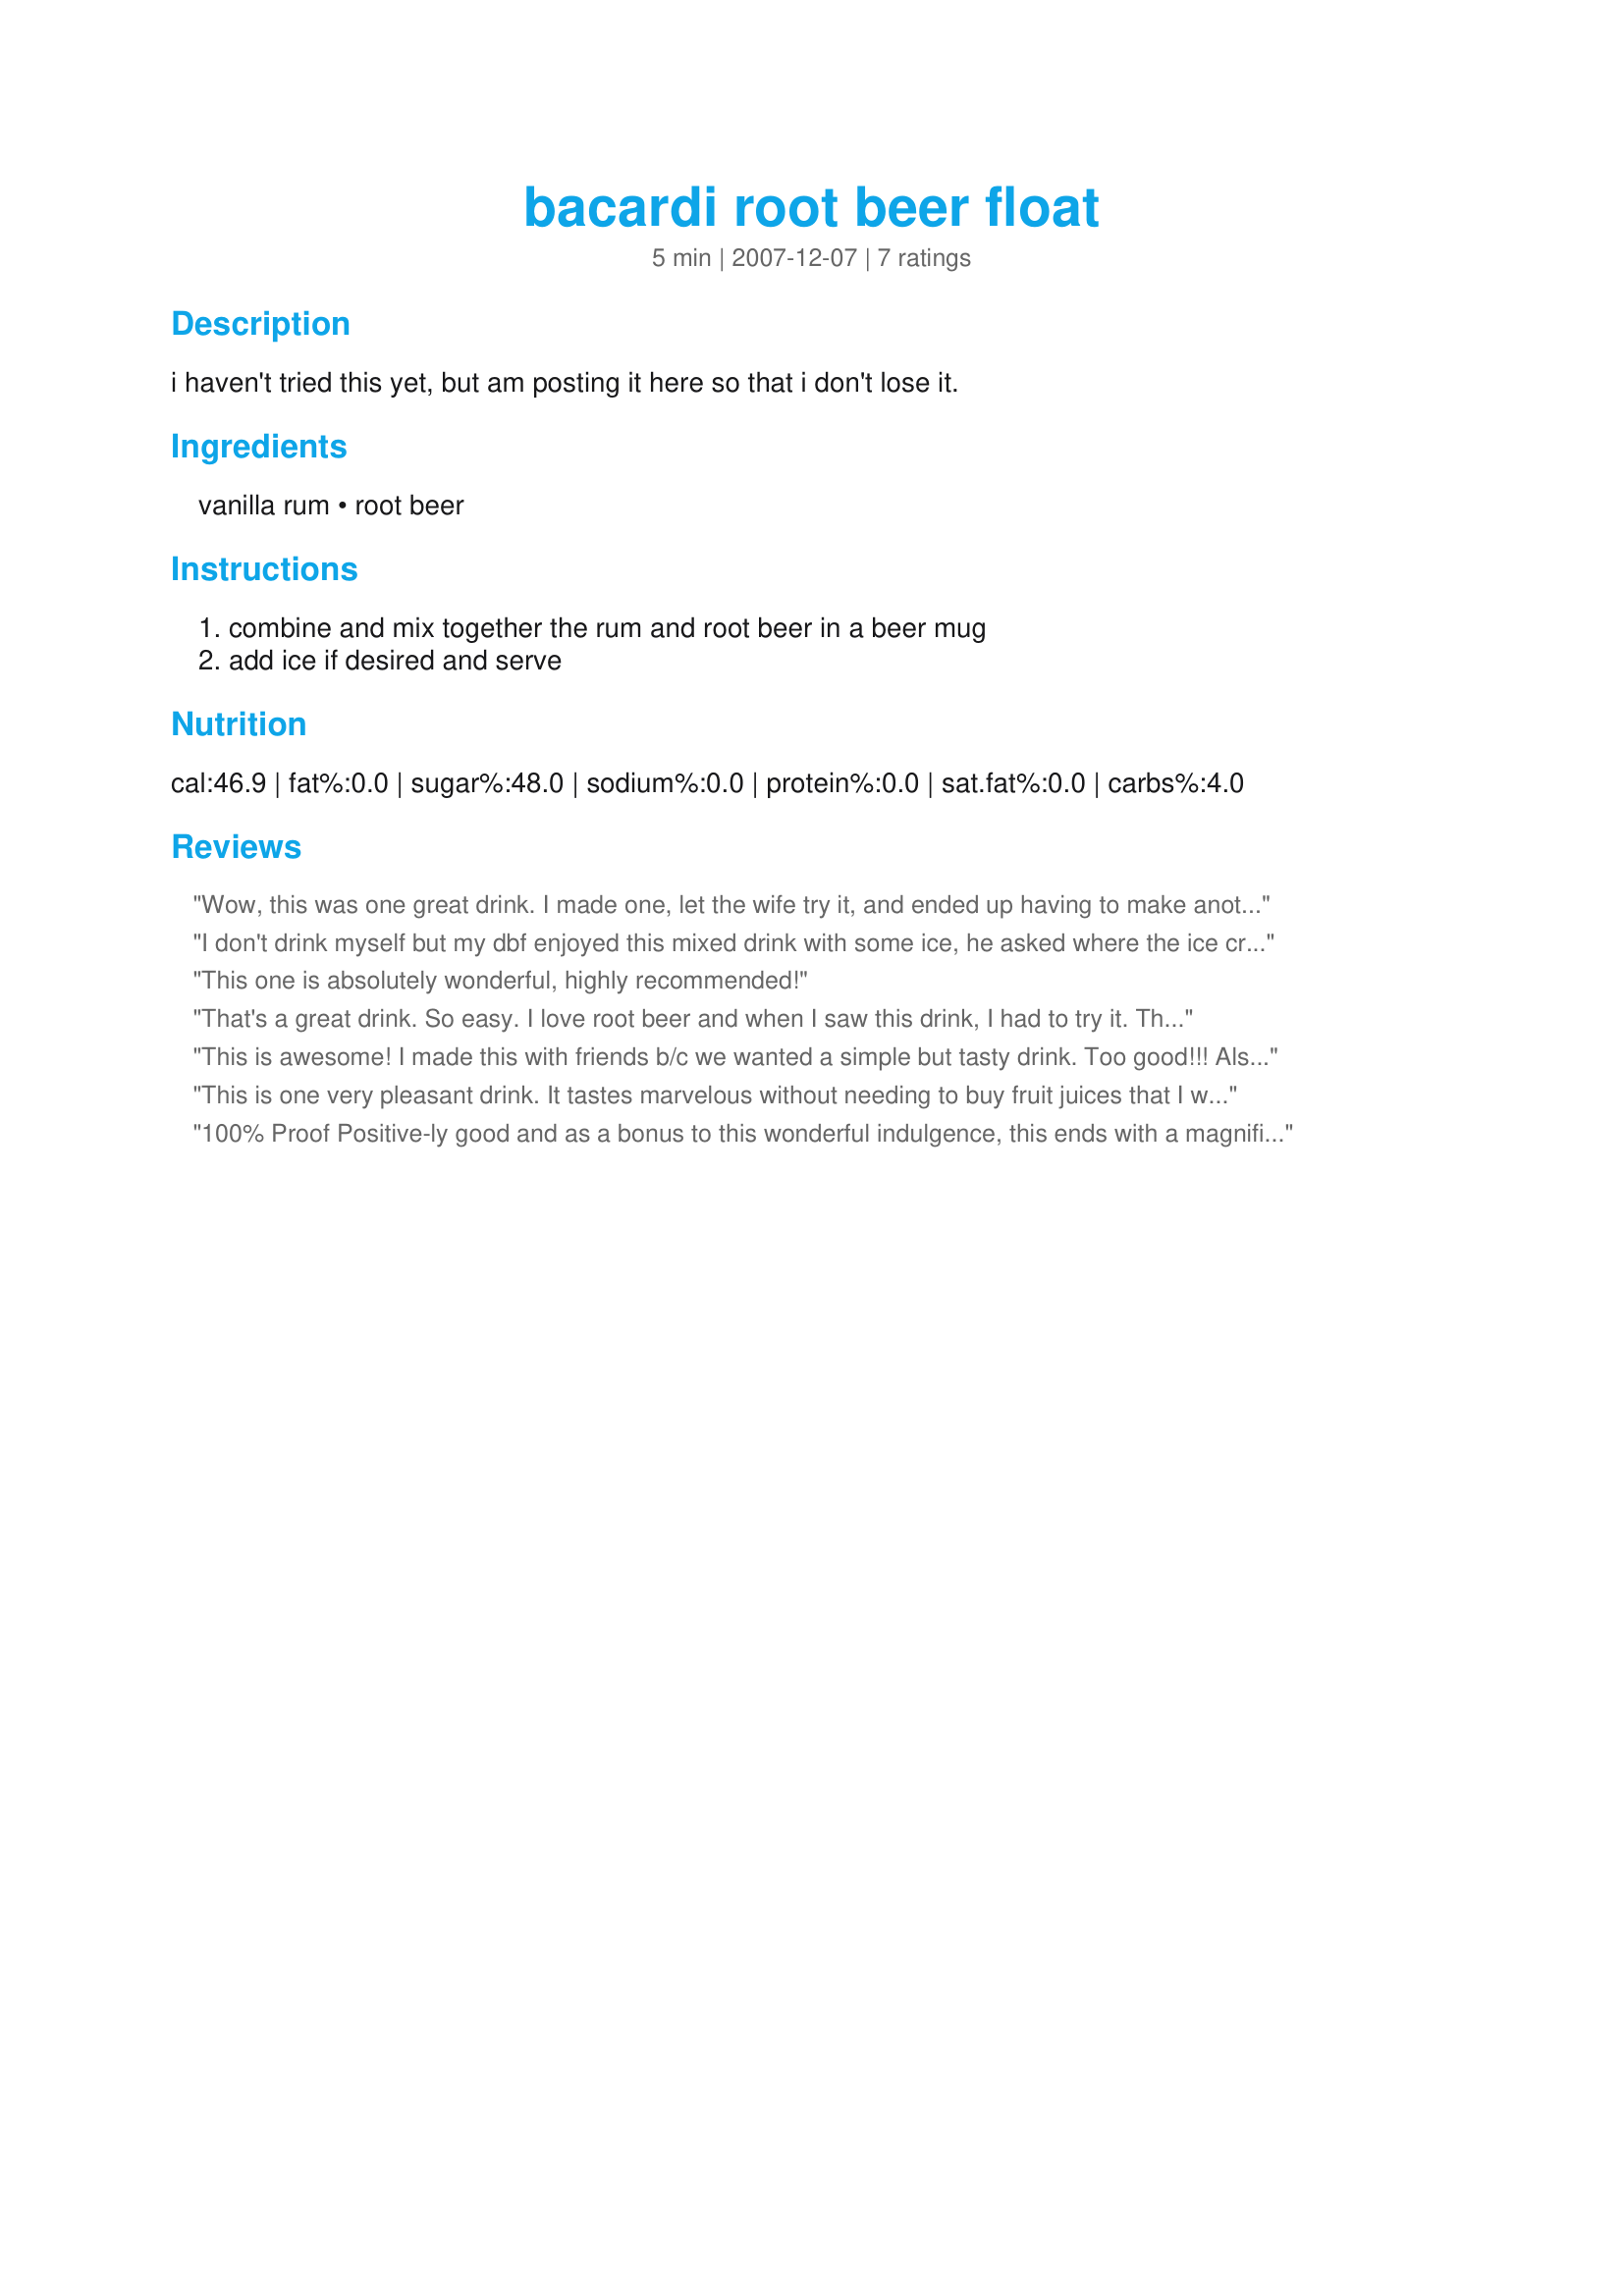
bacardi root beer float
Preparation time: 5 minutes

i haven't tried this yet, but am posting it here so that i don't lose it.

Ingredients:
vanilla rum, root beer

Steps:
combine and mix together the rum and root beer in a beer mug, add ice if desired and serve

Reviews:
Wow, this was one great drink. I made one, let the wife try it, and ended up having to make another. Congrats on the win.
I don't drink myself but my dbf enjoyed this mixed drink with some ice, he asked where the ice cream was tho lol. He must not have missed the ice cream too much, because I ended up having to make a second batch!
This one is absolutely wonderful, highly recommended!
That's a great drink. So easy. I love root beer and when I saw this drink, I had to try it. Thanks lazyme :) Made for Holiday tag game
This is awesome! I made this with friends b/c we wanted a simple but tasty drink. Too good!!! Also try the rum with Dr.Pepper. That was awesome too! Thanks for posting!:)
This is one very pleasant drink. It tastes marvelous without needing to buy fruit juices that I would never buy for anything else. What else can I say other than easy and yummy. It's a winner.
100% Proof Positive-ly good and as a bonus to this wonderful indulgence, this ends with a magnificent root beer burp. Made for Best of 2011 recipe tag.
